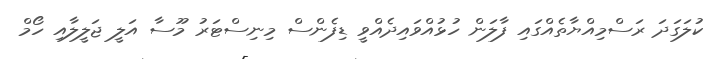
ކުލަގަދަ ރަސްމިއްޔާތެއްގައި ފާލަން ހުޅުއްވައިދެއްވީ ޑިފެންސް މިނިސްޓަރު މޫސާ އަލީ ޖަލީލާއި ހޯމް